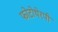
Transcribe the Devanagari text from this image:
फोटोथेरपी